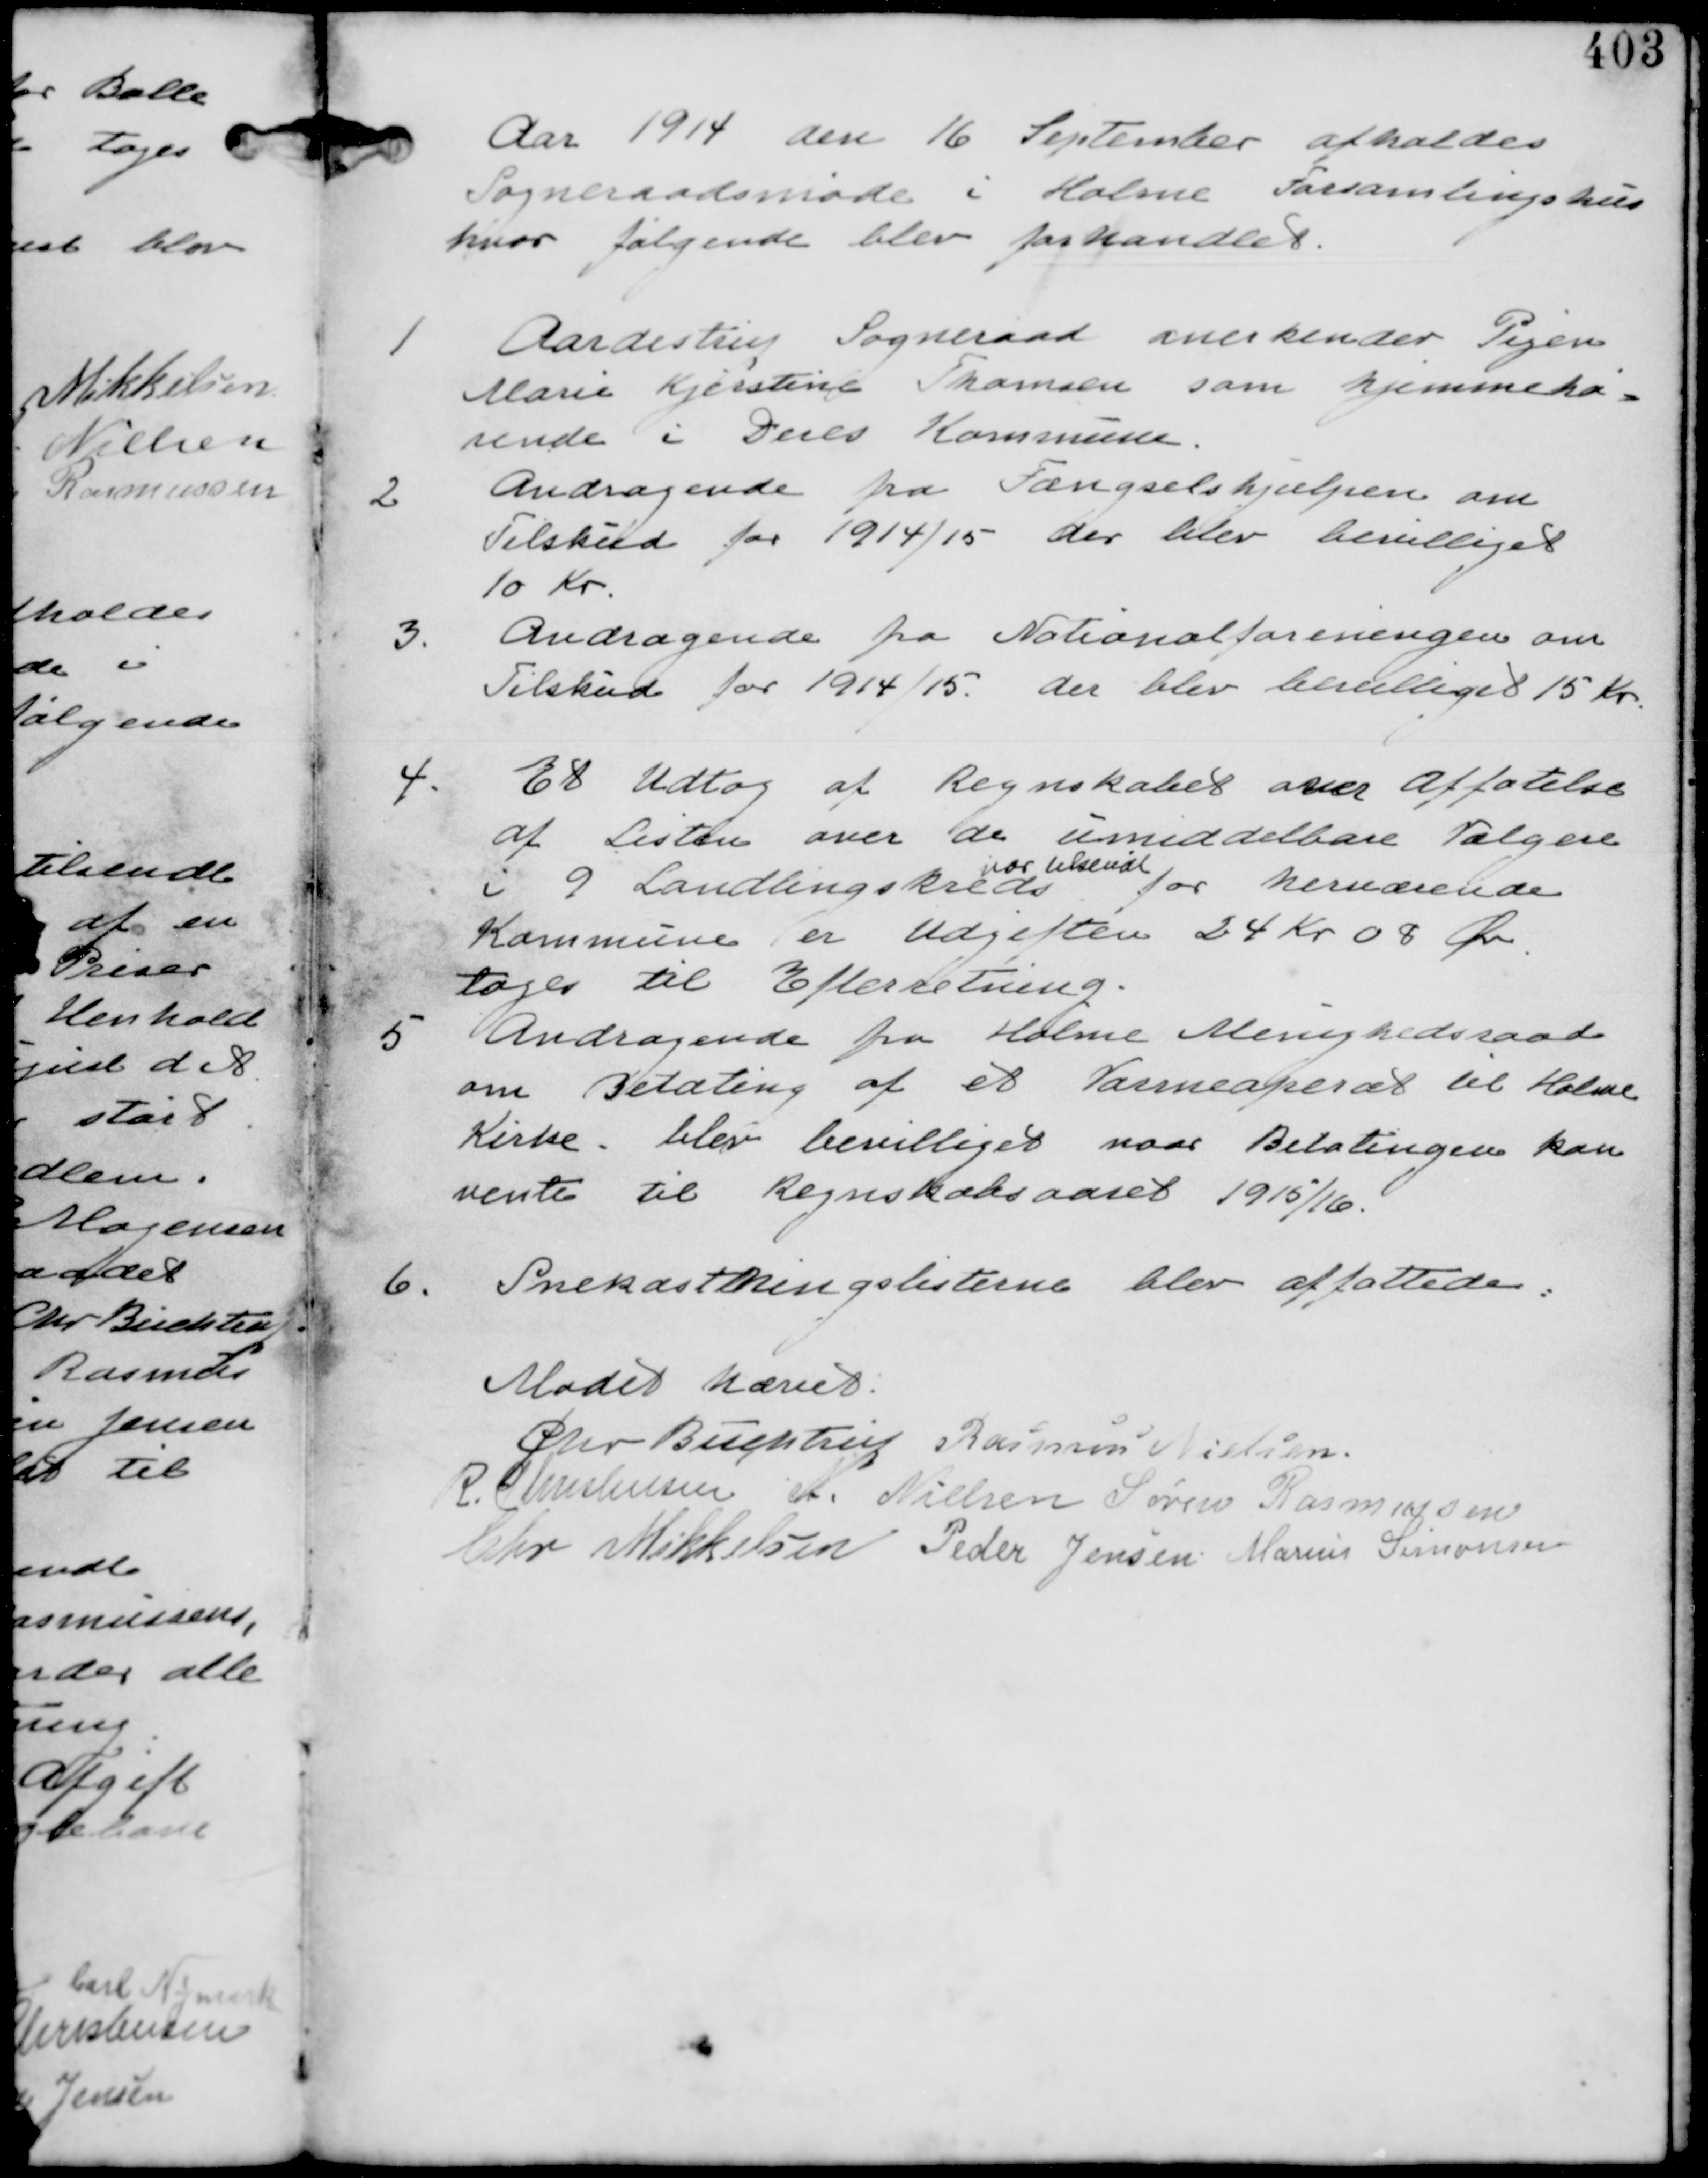
Transskription:
Aar 1914 den 16 September afholdes
Sogneraadsmøde i Holme Forsamlingshus
hvor følgende blev Forhandlet.

1
Aardestrup Sogneraad anerkender Pigen
Marie Kjerstine Thomsen som hjemmehø-
rende i Deres Kommumne

2
Andragende fra Fængselshjælpen om
Tilskud for 1914/15 der blev bevilliget
10 Kr.

3. Andragende fra Nationalforeningen om
Tilskud for 1914/15. der blev bevilliget 15 Kr.

4. Et Udtog af Regnskabet over affatelse
af Listen over de umiddelbare Vælgere
i 9 Landbrugskreds
var tilsendt
for herværende
Kommune er Udgiften 24 Kr 08 Øre
tages til Efterretning

5 Andragende fra Holme Menighedsraad
om Betaling af et Varmeaperat til Holme
Kirke. blev bevilliget naar Betalingen kan
vente til Regnskabsaaret 1915/16.

6.
Snekastningslisterne blev affattede.

Mødet hævet
Chr Buchtrup Rasmus Nielsen
R. Christensen A. Nielsen Søren Rasmussen
Chr Mikkelsen Peder Jensen Marius Simonsen